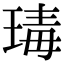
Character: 瑇